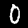
Digit: 0